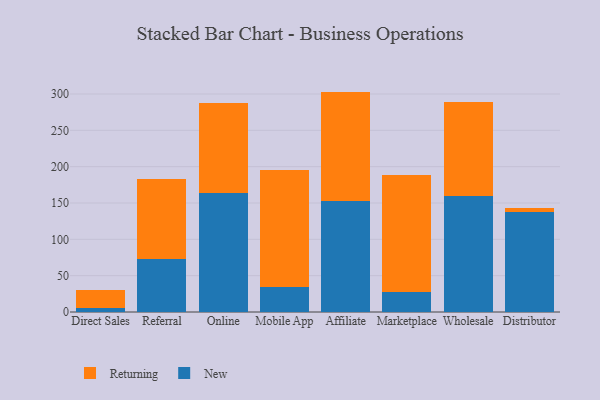
{"axis": {"x": "Channel", "y": "Inventory Turnover"}, "legend": ["New", "Returning"], "data": [{"x": "Direct Sales", "y": 5.5, "type": "New"}, {"x": "Direct Sales", "y": 25.0, "type": "Returning"}, {"x": "Referral", "y": 73.3, "type": "New"}, {"x": "Referral", "y": 109.8, "type": "Returning"}, {"x": "Online", "y": 164.3, "type": "New"}, {"x": "Online", "y": 123.2, "type": "Returning"}, {"x": "Mobile App", "y": 34.4, "type": "New"}, {"x": "Mobile App", "y": 160.4, "type": "Returning"}, {"x": "Affiliate", "y": 153.2, "type": "New"}, {"x": "Affiliate", "y": 150.1, "type": "Returning"}, {"x": "Marketplace", "y": 27.2, "type": "New"}, {"x": "Marketplace", "y": 161.3, "type": "Returning"}, {"x": "Wholesale", "y": 160.1, "type": "New"}, {"x": "Wholesale", "y": 129.4, "type": "Returning"}, {"x": "Distributor", "y": 137.5, "type": "New"}, {"x": "Distributor", "y": 5.4, "type": "Returning"}]}